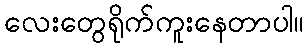
လေးတွေရိုက်ကူးနေတာပါ။